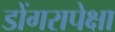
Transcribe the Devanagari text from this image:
डोंगरापेक्षा